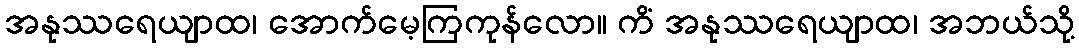
အနုဿရေယျာထ၊ အောက်မေ့ကြကုန်လော။ ကိံ အနုဿရေယျာထ၊ အဘယ်သို့